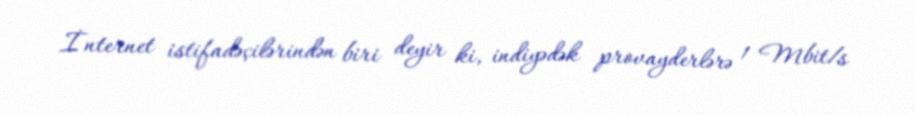
İnternet istifadəçilərindən biri deyir ki, indiyədək provayderlərə 1 Mbit/s